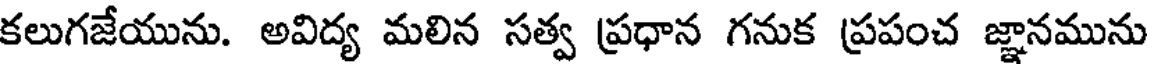
కలుగజేయును. అవిద్య మలిన సత్వ ప్రధాన గనుక ప్రపంచ జ్ఞానమును